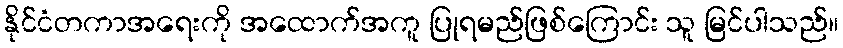
နိုင်ငံတကာအရေးကို အထောက်အကူ ပြုရမည်ဖြစ်ကြောင်း သူ မြင်ပါသည်။